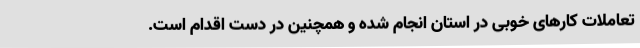
تعاملات کارهای خوبی در استان انجام شده و همچنین در دست اقدام است.